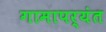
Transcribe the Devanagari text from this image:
गामापर्यंत